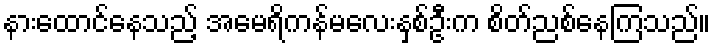
နားထောင်နေသည့် အမေရိကန်မလေးနှစ်ဦးက စိတ်ညစ်နေကြသည်။